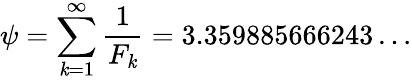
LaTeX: \psi=\sum_{\mathit{k}=1}^{\infty}{\frac{{1}}{{F_{\mathit{k}}}}}=3.359885666243\dots